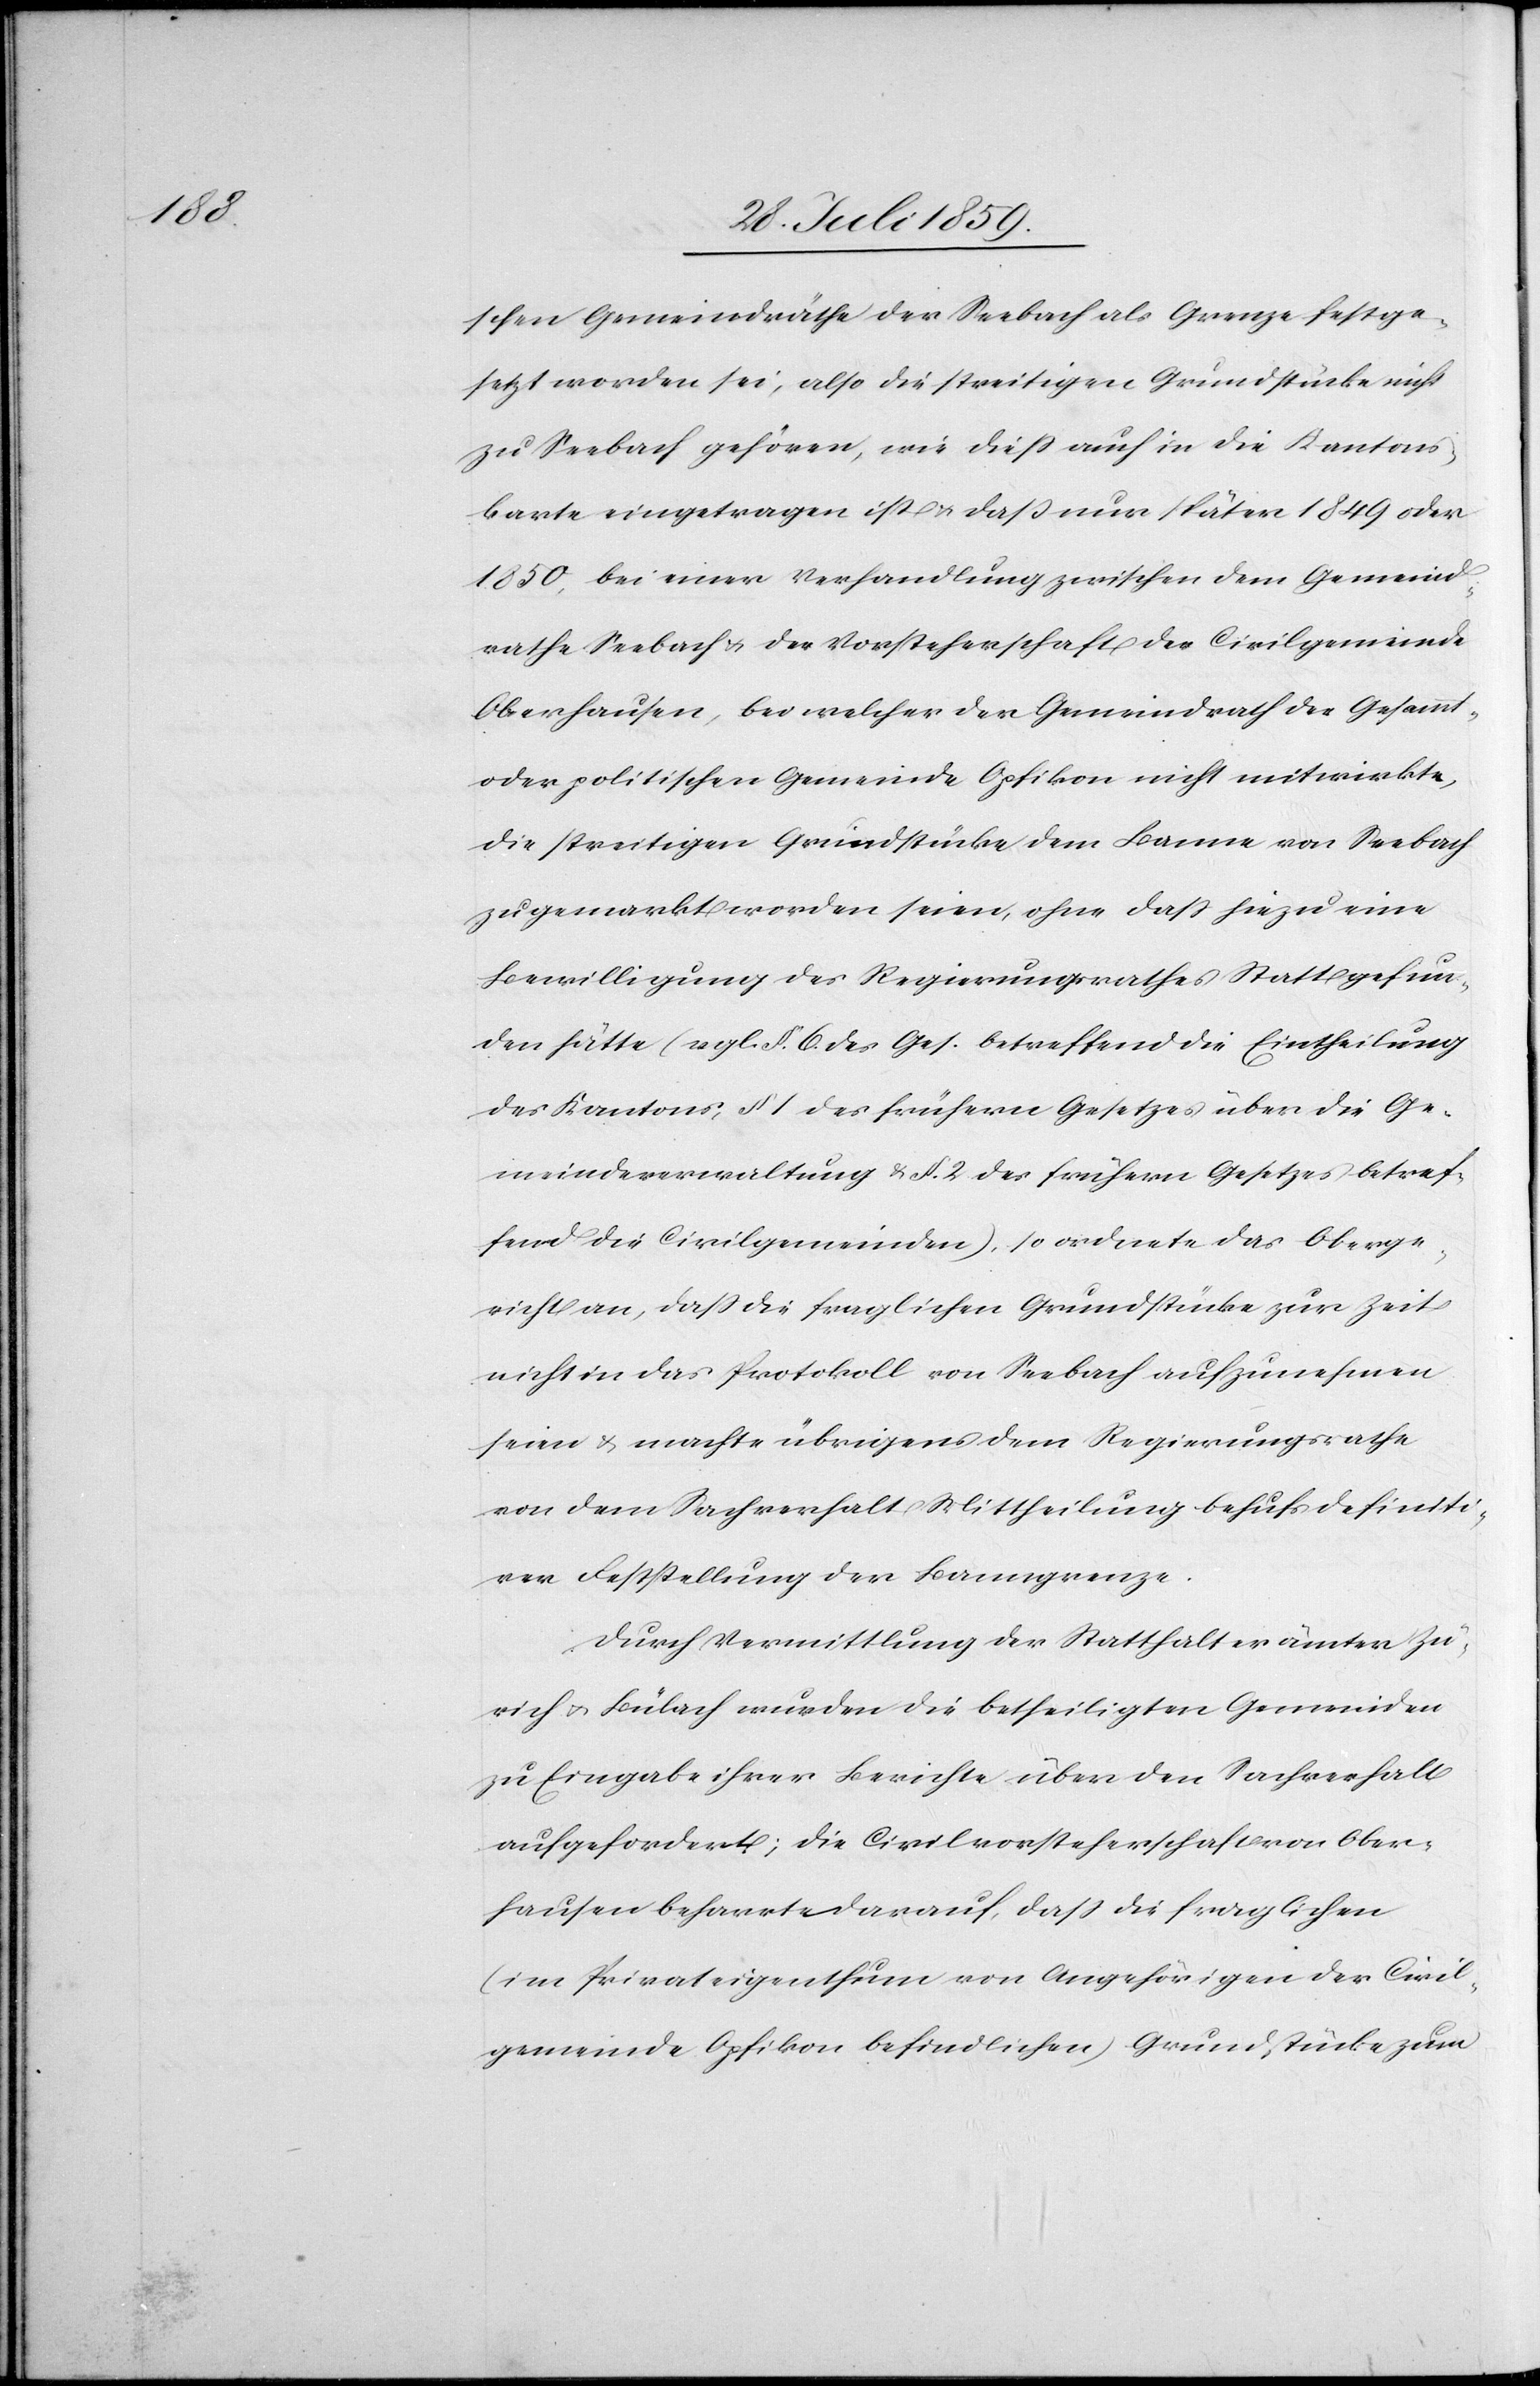
Oberg¬

schen Gemeindräthe der Seebach als Grenze festge¬
setzt worden sei, also die streitigen Grundstücke nicht
zu Seebach gehören, wie dieß auch in die Kantons¬
karte eingetragen ist u. daß nur später 1849 oder
1850, bei einer Verhandlung zwischen dem Gemeind¬
rathe Seebach u. der Vorsteherschaft der Civilgemeinde
Oberhausen, bei welcher der Gemeindrath der Gesammt-
oder politischen Gemeinde Opfikon nicht mitwirkte,
die streitigen Grundstücke dem Banne von Seebach
zugemarkt worden seien, ohne daß hiezu eine
Bewilligung des Regierungsrathes Stattgefun¬
den hätte (vgl. §. 6. des Ges. betreffend die Eintheilung
des Kantons, § 1 des frühern Gesetzes über die Ge¬
meindeverwaltung u. § 2 des frühern Gesetzes betreffend
ericht an, daß die fraglichen Grundstücke zur Zeit
nicht in das Protokoll von Seebach aufzunehmen
seien u. machte übrigens dem Regierungsrathe
von dem Sachverhalt Mittheilung behufs definiti¬
ver Feststellung der Banngrenze.
Durch Vermittlung der Statthalterämter Zü¬
rich u. Bülach wurden die betheiligten Gemeinden
zu Eingabe ihrer Berichte über den Sachverhalt
aufgefordert; die Civilvorsteherschaft von Ober¬
hausen beharrte darauf, daß die fraglichen
(im Privateigenthum von Angehörigen der Civil¬
gemeinde Opfikon befindlichen) Grundstücke zum